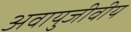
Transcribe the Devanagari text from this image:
अवायुजीवीय